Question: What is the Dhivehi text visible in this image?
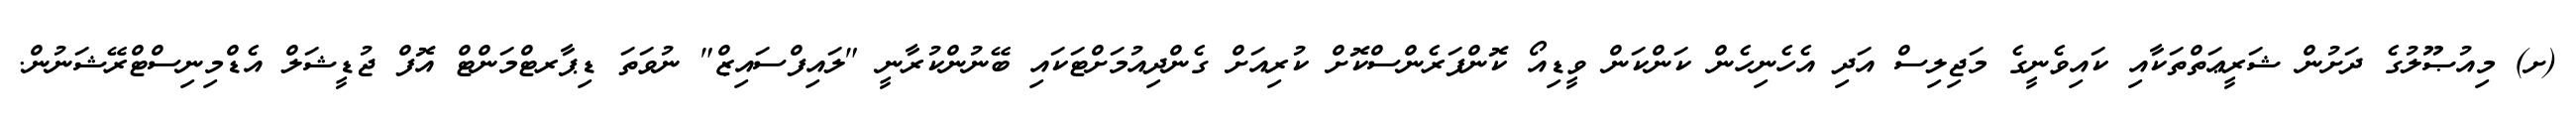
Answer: (ށ) މިއުޞޫލުގެ ދަށުން ޝަރީޢަތްތަކާއި ކައިވެނީގެ މަޖިލިސް އަދި އެހެނިހެން ކަންކަން ވީޑިއޯ ކޮންފަރެންސްކޮށް ކުރިއަށް ގެންދިއުމަށްޓަކައި ބޭނުންކުރާނީ "ލައިފްސައިޒް" ނުވަތަ ޑިޕާރޓްމަންޓް އޮފް ޖުޑީޝަލް އެޑްމިނިސްޓްރޭޝަނުން.